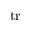
\operatorname { t r }